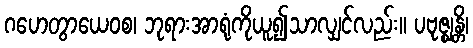
ဂဟေတွာယေဝစ၊ ဘုရားအာရုံကိုယူ၍သာလျှင်လည်း။ ပဗုဇ္ဈန္တိ၊